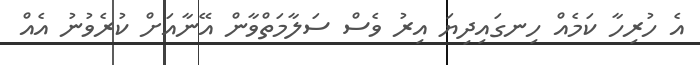
އެ ހުރިހާ ކަމެއް ހިނގައިދިޔަ އިރު ވެސް ސަލާމަތްވާން އޭނާއަށް ކުރެވުނު އެއް